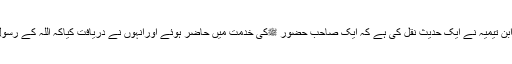
امام ابن تیمیہ نے ایک حدیث نقل کی ہے کہ ایک صاحب حضور ﷺکی خدمت میں حاضر ہوئے اورانہوں نے دریافت کیاکہ اللہ کے رسولﷺ!